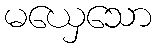
မယှေသော